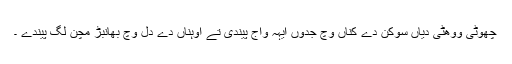
چھوٹی ووھٹی دیاں سوکن دے کناں وچ جدوں ایہہ واج پیندی تے اوہناں دے دل وچ بھانبڑ مچن لگ پیندے ۔